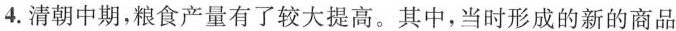
4.清朝中期，粮食产量有了较大提高。其中，当时形成的新的商品